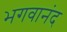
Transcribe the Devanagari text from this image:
भगवानंद